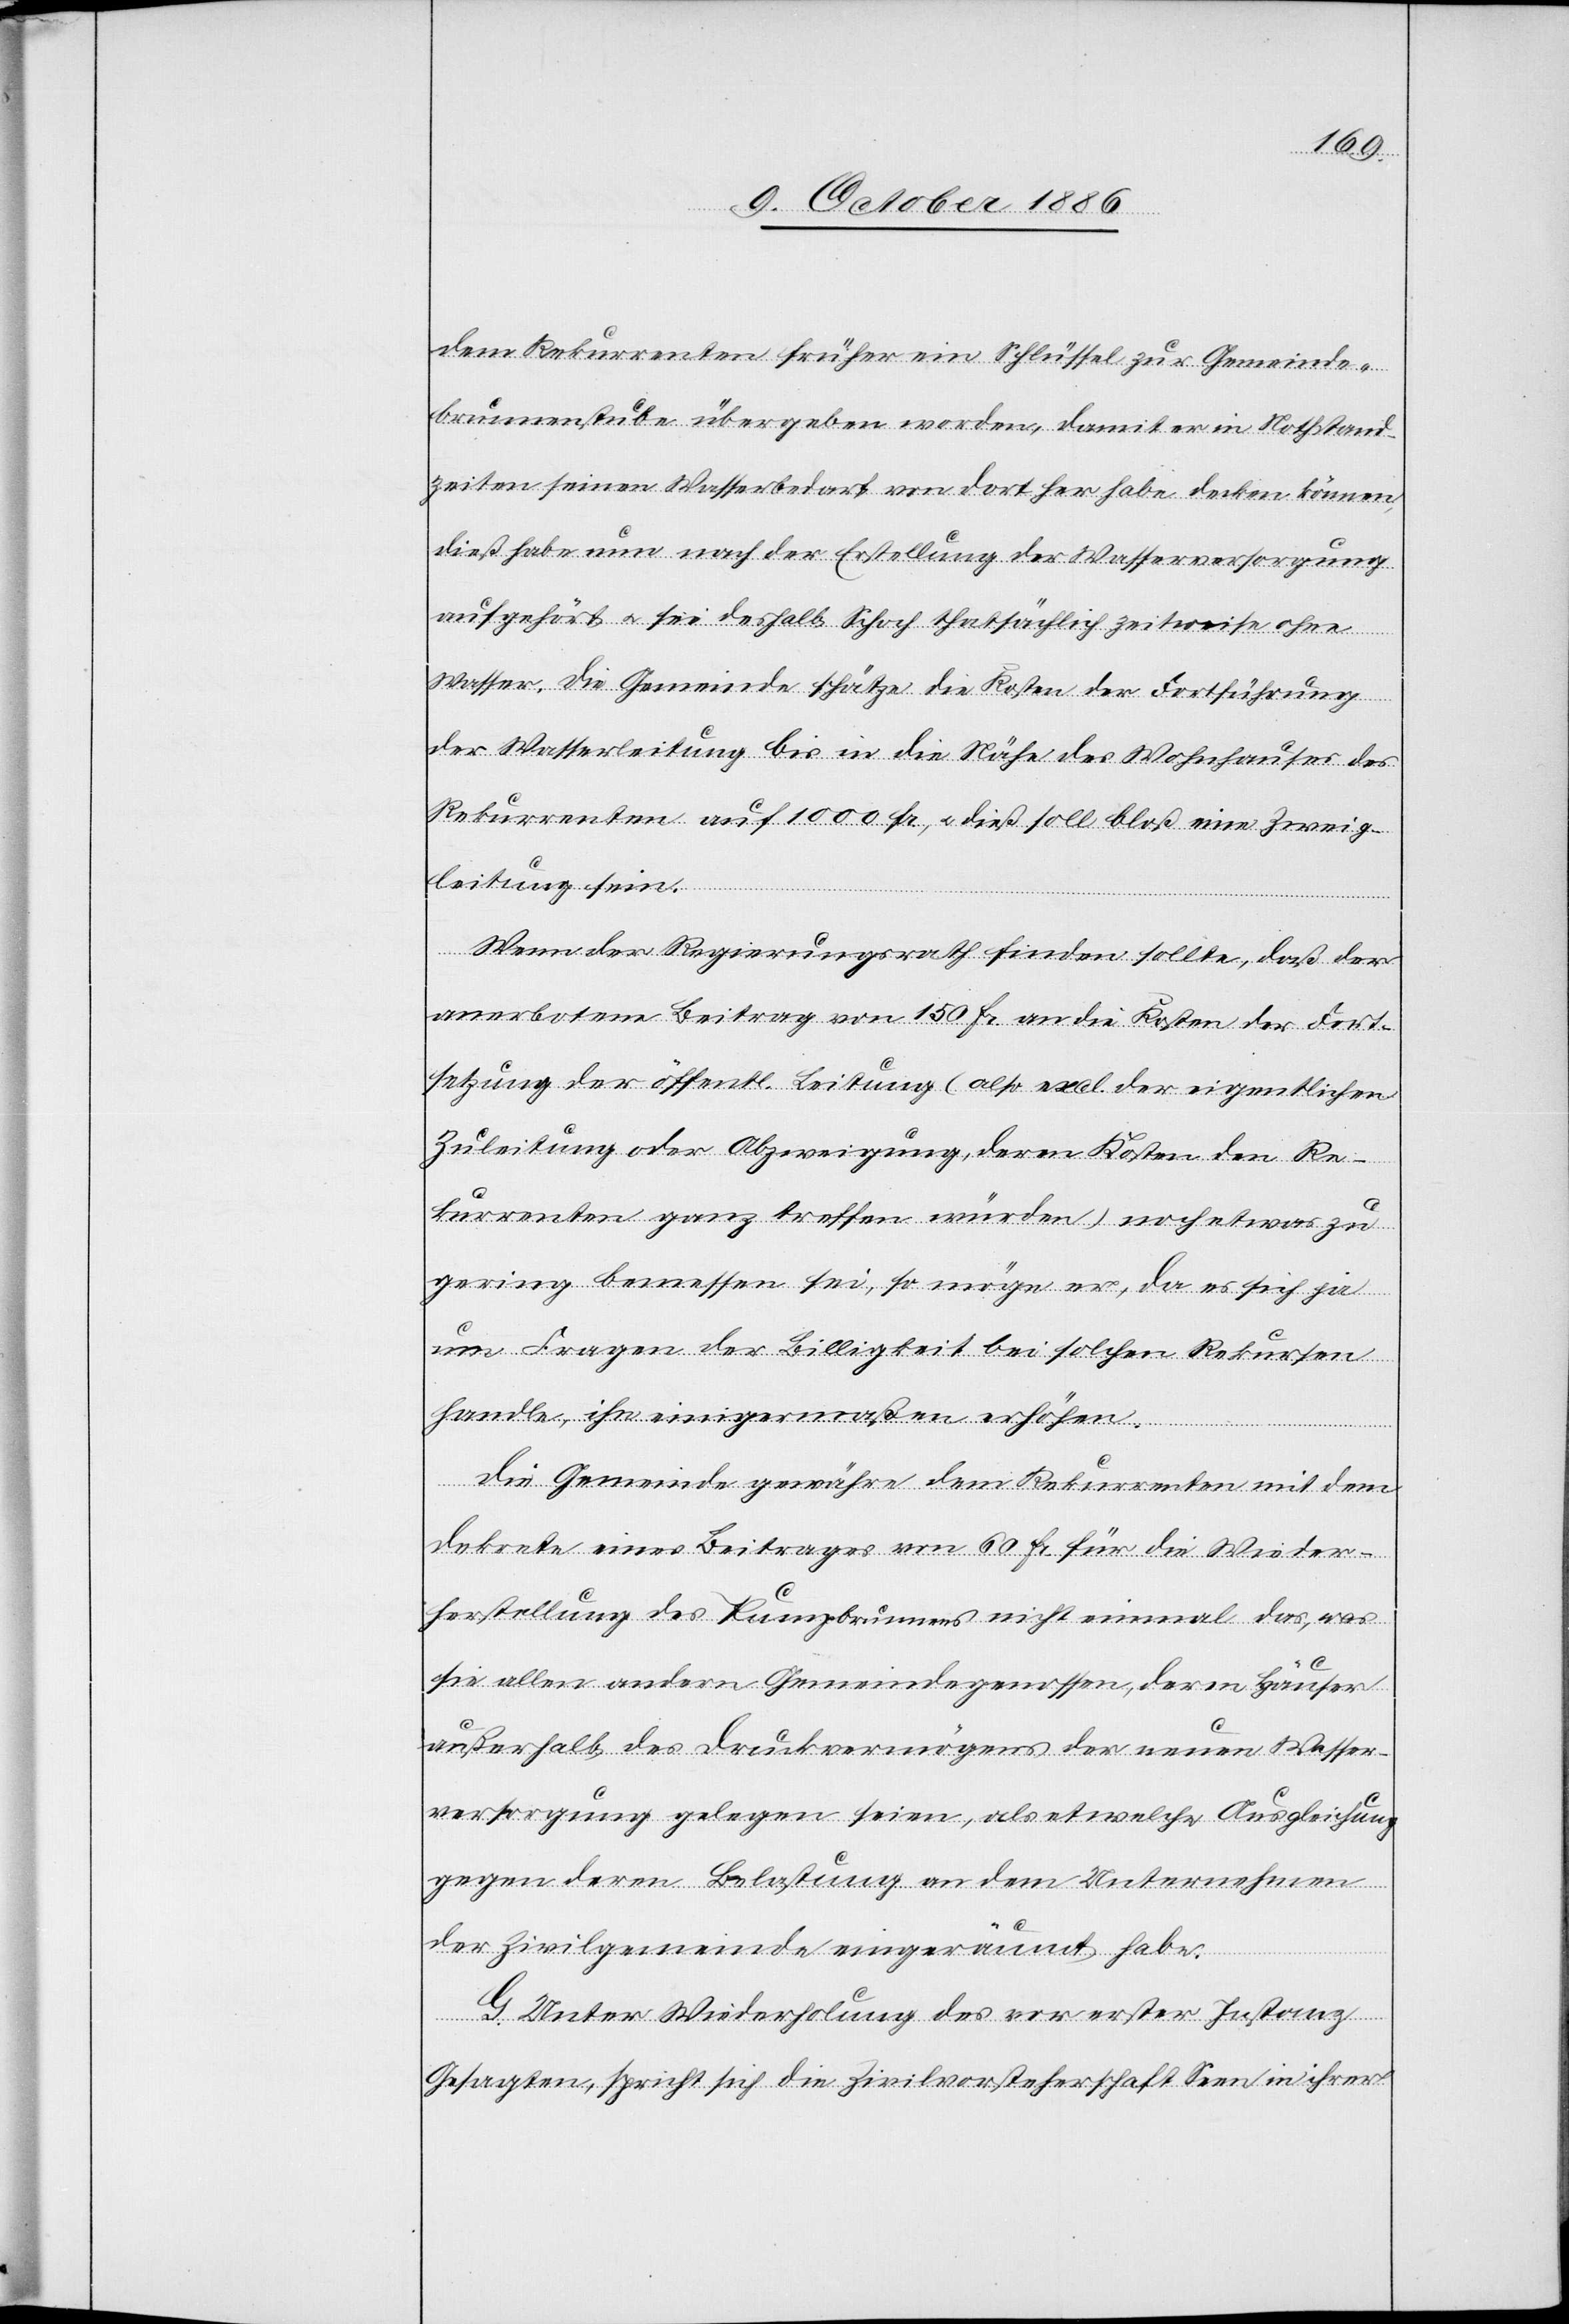
dem Rekurrenten früher ein Schlüssel zur Gemeinde¬
brunnenstube übergeben worden, damit er in Nothstand¬
zeiten seinen Wasserbedarf von dort her habe decken können,
dieß habe nun nach der Erstellung der Wasserversorgung
aufgehört & sei deshalb Schoch thatsächlich zeitweise ohne
Wasser, die Gemeinde schätze die Kosten der Fortführung
der Wasserleitung bis in die Nähe des Wohnhauses des
Rekurrenten auf 1000 Fr. & dieß soll bloß eine Zweig¬
leitung sein.
Wenn der Regierungsrath finden sollte, daß der
anerbotene Beitrag von 150 Fr. an die Kosten der Fort¬
setzung der öffentl. Leitung (also excl. der eigentlichen
Zuleitung oder Abzweigung, deren Kosten den Re¬
kurrenten ganz treffen würden) noch etwas zu
gering bemessen sei, so möge er, da es sich ja
um Fragen der Billigkeit bei solchen Rekursen
handle, ihn einigermaßen erhöhen.
Die Gemeinde gewähre dem Rekurrenten mit dem
Dekrete eines Beitrages von 60 Fr. für die Wieder¬
herstellung des Pumpbrunnens nicht einmal das, was
sie allen andern Gemeindegenossen, deren Häuser
außerhalb des Druckvermögens der neuen Wasser¬
versorgung gelegen seien, als etwelche Ausgleichung
gegen deren Belastung an dem Unternehmen
der Zivilgemeinde eingeräumt habe.
G. Unter Wiederholung des vor erster Instanz
Gesagten, spricht sich die Zivilvorsteherschaft Seen in ihrer